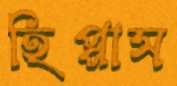
হিপ্পাস